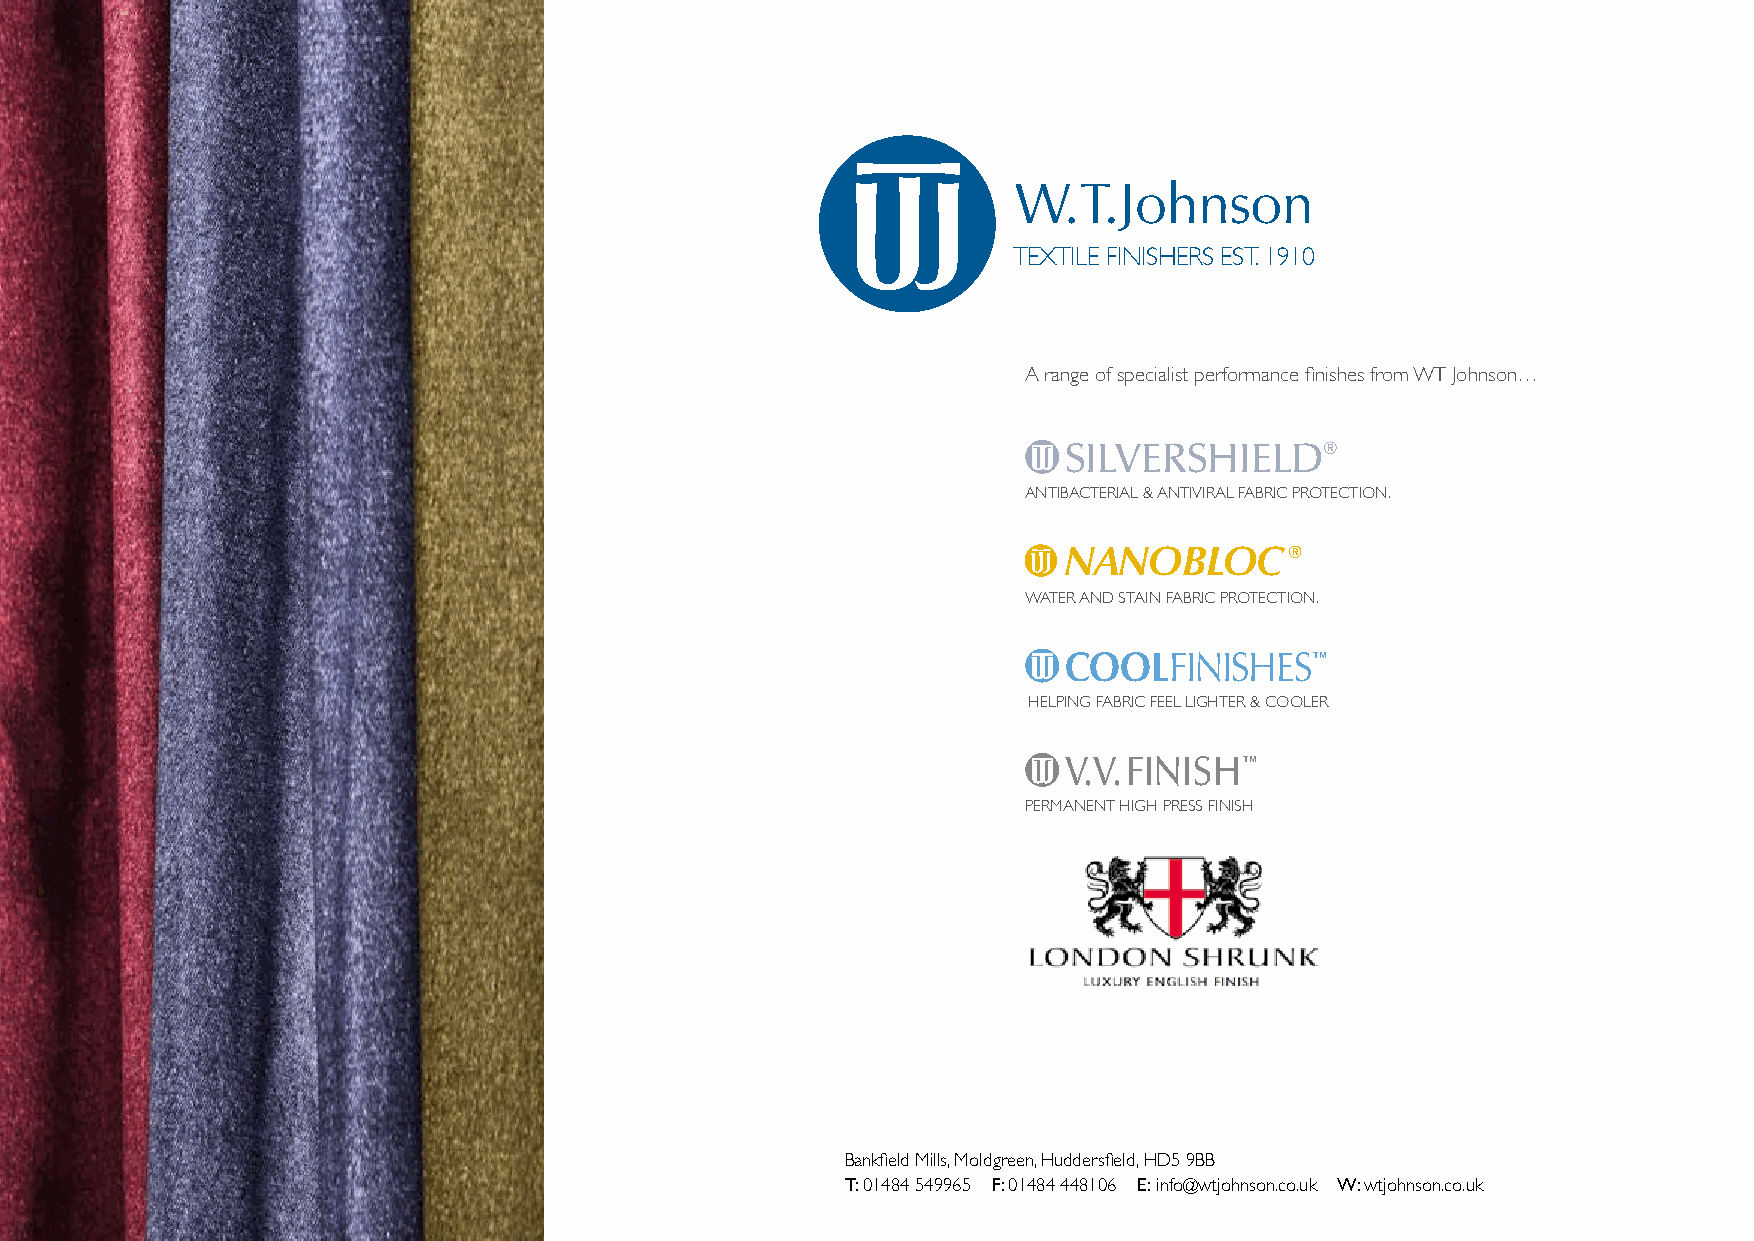
W.T.Johnson
 TEXTILE FINISHERS EST. 1910
 A range of specialist performance finishes from WT Johnson…
 SILVERSHIELD®
 ANTIBACTERIAL & ANTIVIRAL FABRIC PROTECTION.
 NANOBLOC®
 WATER AND STAIN FABRIC PROTECTION.
 COOLFINISHES™
 HELPING FABRIC FEEL LIGHTER & COOLER
 V.V.FINISH™
 PERMANENT HIGH PRESS FINISH
 Bankfield Mills, Moldgreen, Huddersfield, HD5 9BB
 T: 01484 549965 F: 01484 448106 E: info@wtjohnson.co.uk W: wtjohnson.co.uk